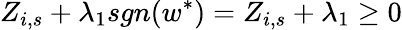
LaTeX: Z_{i,s}+\lambda_{1}sgn(w^{\ast})=Z_{i,s}+\lambda_{1}\geq 0